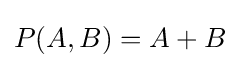
P(A,B)=A+B